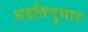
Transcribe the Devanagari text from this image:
संहतिनुसार